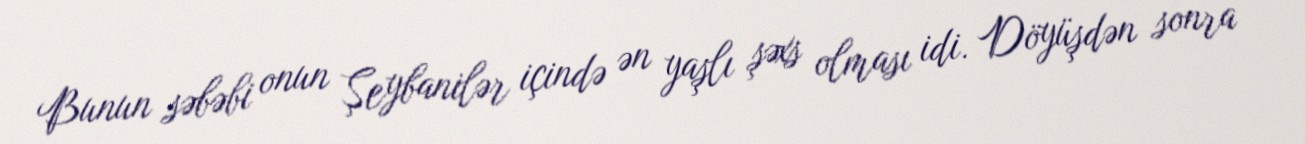
Bunun səbəbi onun Şeybanilər içində ən yaşlı şəxs olması idi. Döyüşdən sonra